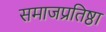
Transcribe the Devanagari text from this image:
समाजप्रतिष्ठा